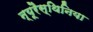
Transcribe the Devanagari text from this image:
न्यूरैस्थिनिया